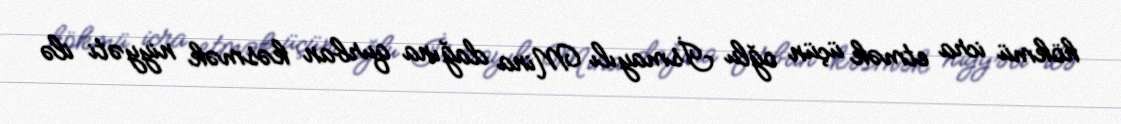
hökmü icra etmək üçün oğlu İsmayılı Mina dağına qurban kəsmək niyyəti ilə